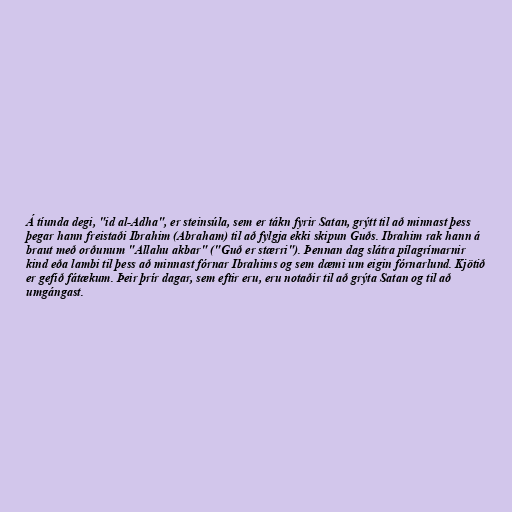
Á tíunda degi, "id al-Adha", er steinsúla, sem er tákn fyrir Satan, grýtt til að minnast þess
þegar hann freistaði Ibrahim (Abraham) til að fylgja ekki skipun Guðs. Ibrahim rak hann á
braut með orðunum "Allahu akbar" ("Guð er stærri"). Þennan dag slátra pílagrímarnir
kind eða lambi til þess að minnast fórnar Ibrahims og sem dæmi um eigin fórnarlund. Kjötið
er gefið fátækum. Þeir þrír dagar, sem eftir eru, eru notaðir til að grýta Satan og til að
umgángast.